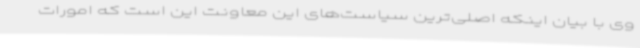
وی با بیان اینکه اصلی‌ترین سیاست‌های این معاونت این است که امورات